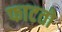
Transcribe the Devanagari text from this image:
फाटतो